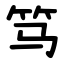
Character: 笃